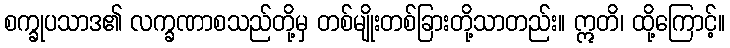
စက္ခုပသာဒ၏ လက္ခဏာစသည်တို့မှ တစ်မျိုးတစ်ခြားတို့သာတည်း။ ဣတိ၊ ထို့ကြောင့်။